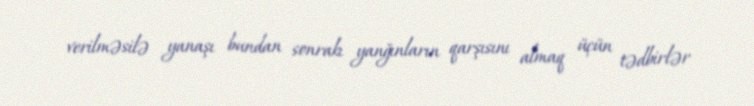
verilməsilə yanaşı bundan sonrakı yanğınların qarşısını almaq üçün tədbirlər